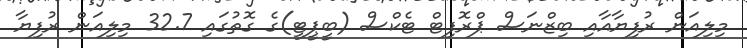
މިލިއަން ރުފިޔާއާއި ބިޒްނަސް ޕްރޮފިޓް ޓެކްސް (ބީޕީޓީ)ގެ ގޮތުގައި 32.7 މިލިއަން ރުފިޔާ